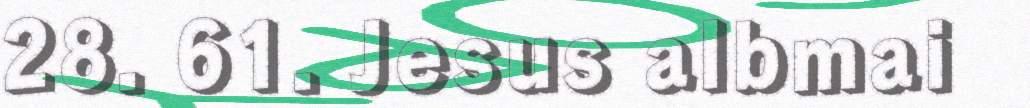
28. 61. Jesus albmai